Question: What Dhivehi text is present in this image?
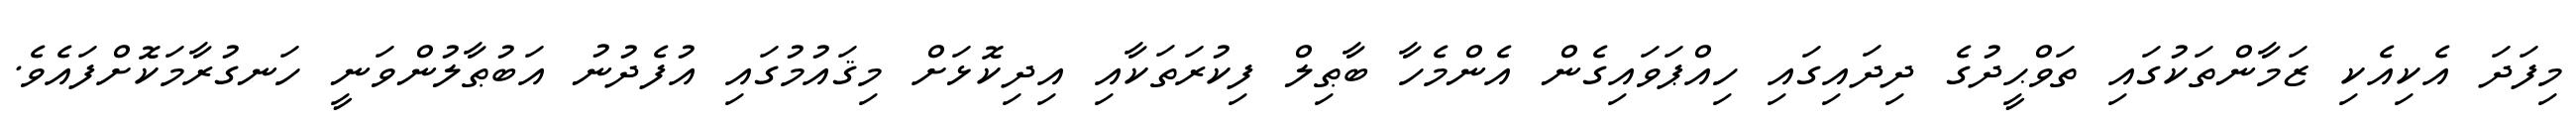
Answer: މިފަދަ އެކިއެކި ޒަމާންތަކުގައި ތަވްޙީދުގެ ދިދައިގައި ހިއްޕަވައިގެން އެންމެހާ ބާޠިލް ފިކުރަތަކާއި އިދިކޮޅަށް މިޤައުމުގައި އުފެދުނު އަބުޠާލުންވަނީ ހަނގުރާމަކޮށްފައެވެ.